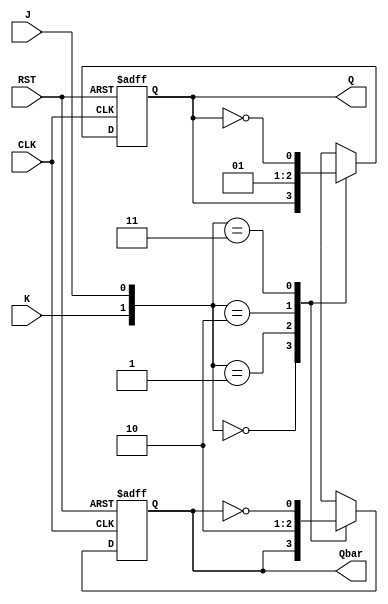
module neg_edge_jk_ff (
    input J, // J data input
    input K, // K data input
    input CLK, // Clock input
    input RST, // Reset input
    output reg Q, // Q output
    output reg Qbar // Qbar output
);

always @(negedge CLK or posedge RST) begin
    if (RST) begin
        Q <= 1'b0; // Reset Q to 0
        Qbar <= 1'b1; // Reset Qbar to 1
    end else begin
        case ({K, J})
            2'b00: begin // No change
                Q <= Q;
                Qbar <= Qbar;
            end
            2'b01: begin // Clear
                Q <= 1'b0;
                Qbar <= 1'b1;
            end
            2'b10: begin // Set
                Q <= 1'b1;
                Qbar <= 1'b0;
            end
            2'b11: begin // Toggle
                Q <= ~Q;
                Qbar <= ~Qbar;
            end
        endcase
    end
end

endmodule